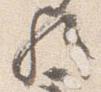
歟